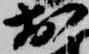
於